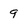
Character: 9